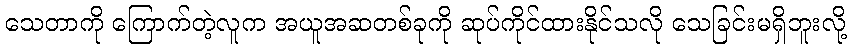
သေတာကို ကြောက်တဲ့လူက အယူအဆတစ်ခုကို ဆုပ်ကိုင်ထားနိုင်သလို သေခြင်းမရှိဘူးလို့